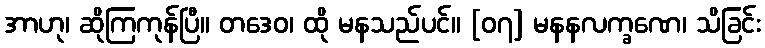
အာဟု၊ ဆိုကြကုန်ပြီ။ တဒေဝ၊ ထို မနသည်ပင်။ [၀၇] မနနလက္ခဏေ၊ သိခြင်း